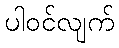
ပါဝင်လျက်